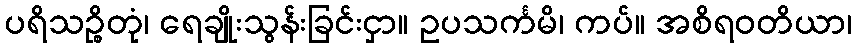
ပရိသဉ္စိတုံ၊ ရေချိုးသွန်းခြင်းငှာ။ ဥပသင်္ကမိ၊ ကပ်။ အစိရဝတိယာ၊